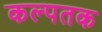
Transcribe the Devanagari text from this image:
कल्पतक